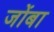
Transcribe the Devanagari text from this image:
जोंबा